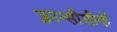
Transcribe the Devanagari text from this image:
फ़्रान्सीसीयों